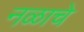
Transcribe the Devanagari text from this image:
नळाचे